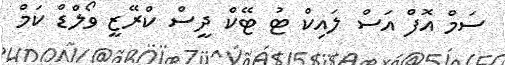
ސަމް އޮފް އަސް ލައިކް ޓު ޓޭކް ދީސް ކްރޭޒީ ވޯލްޑް ކަމް